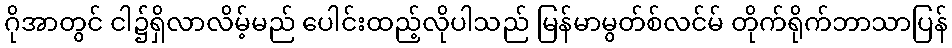
ဂိုအာတွင် ငါ၌ရှိလာလိမ့်မည် ပေါင်းထည့်လိုပါသည် မြန်မာမွတ်စ်လင်မ် တိုက်ရိုက်ဘာသာပြန်